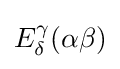
E_{\delta }^{\gamma }(\alpha \beta )